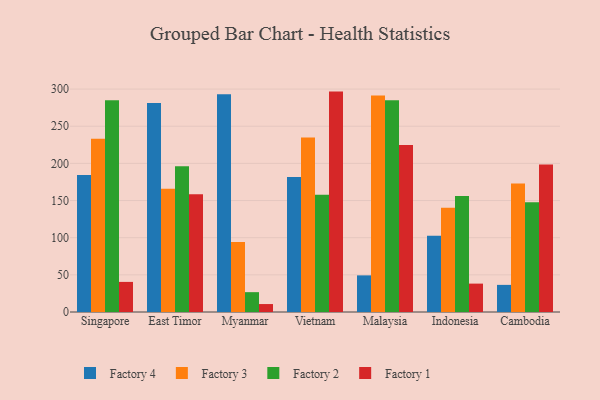
{"axis": {"x": "Country", "y": "Market Share (%)"}, "legend": ["Factory 1", "Factory 2", "Factory 3", "Factory 4"], "data": [{"x": "Singapore", "y": 184.5, "type": "Factory 4"}, {"x": "Singapore", "y": 233.2, "type": "Factory 3"}, {"x": "Singapore", "y": 285.1, "type": "Factory 2"}, {"x": "Singapore", "y": 40.5, "type": "Factory 1"}, {"x": "East Timor", "y": 281.1, "type": "Factory 4"}, {"x": "East Timor", "y": 165.8, "type": "Factory 3"}, {"x": "East Timor", "y": 196.1, "type": "Factory 2"}, {"x": "East Timor", "y": 158.3, "type": "Factory 1"}, {"x": "Myanmar", "y": 292.9, "type": "Factory 4"}, {"x": "Myanmar", "y": 94.1, "type": "Factory 3"}, {"x": "Myanmar", "y": 26.7, "type": "Factory 2"}, {"x": "Myanmar", "y": 10.7, "type": "Factory 1"}, {"x": "Vietnam", "y": 181.6, "type": "Factory 4"}, {"x": "Vietnam", "y": 234.7, "type": "Factory 3"}, {"x": "Vietnam", "y": 157.9, "type": "Factory 2"}, {"x": "Vietnam", "y": 296.6, "type": "Factory 1"}, {"x": "Malaysia", "y": 49.3, "type": "Factory 4"}, {"x": "Malaysia", "y": 291.3, "type": "Factory 3"}, {"x": "Malaysia", "y": 284.8, "type": "Factory 2"}, {"x": "Malaysia", "y": 224.9, "type": "Factory 1"}, {"x": "Indonesia", "y": 102.7, "type": "Factory 4"}, {"x": "Indonesia", "y": 140.2, "type": "Factory 3"}, {"x": "Indonesia", "y": 156.1, "type": "Factory 2"}, {"x": "Indonesia", "y": 38.2, "type": "Factory 1"}, {"x": "Cambodia", "y": 36.5, "type": "Factory 4"}, {"x": "Cambodia", "y": 172.8, "type": "Factory 3"}, {"x": "Cambodia", "y": 147.6, "type": "Factory 2"}, {"x": "Cambodia", "y": 198.6, "type": "Factory 1"}]}